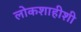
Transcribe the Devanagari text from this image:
लोकशाहीशी